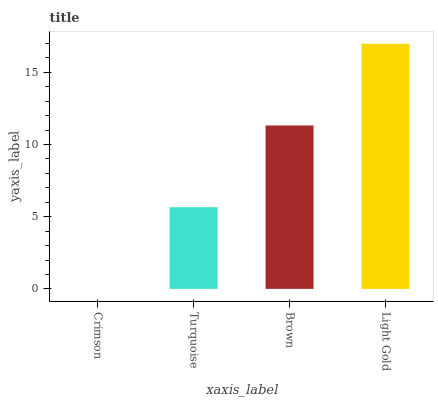
| xaxis_label | bars |
 | --- | --- |
 | Crimson | 0 |
 | Turquoise | 5.66 |
 | Brown | 11.3 |
 | Light Gold | 17 |